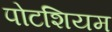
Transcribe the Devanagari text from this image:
पोटशियम